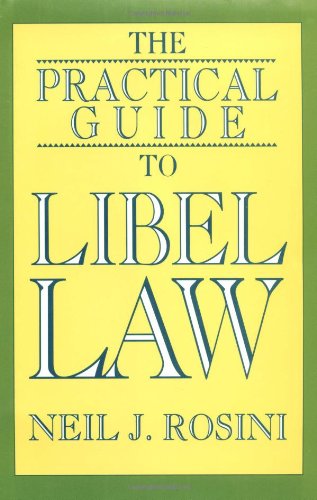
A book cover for The Practical Guide to Libel Law; Neil J. Rosini; Law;